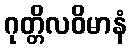
ဂုတ္တိလဝိမာနံ